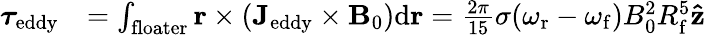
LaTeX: \begin{array}{rl}{\boldsymbol{\tau}_{\mathrm{eddy}}}&{=\int_{\mathrm{floater}}\mathbf{r}\times(\mathbf{J}_{\mathrm{eddy}}\times\mathbf{B}_{0})\mathrm{d}\mathbf{r}=\frac{2\pi}{15}\sigma(\omega_{\mathrm{r}}-\omega_{\mathrm{f}})B_{0}^{2}R_{\mathrm{f}}^{5}\mathbf{\hat{z}}}\end{array}